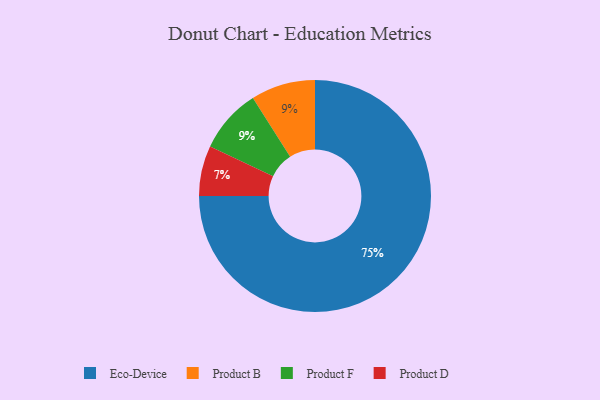
{"axis": {"x": "Category", "y": "Percentage"}, "legend": ["Eco-Device", "Product B", "Product D", "Product F"], "data": [{"x": "Product D", "y": 7, "type": "Product D"}, {"x": "Product B", "y": 9, "type": "Product B"}, {"x": "Product F", "y": 9, "type": "Product F"}, {"x": "Eco-Device", "y": 75, "type": "Eco-Device"}]}